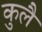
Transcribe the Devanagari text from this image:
कुलै